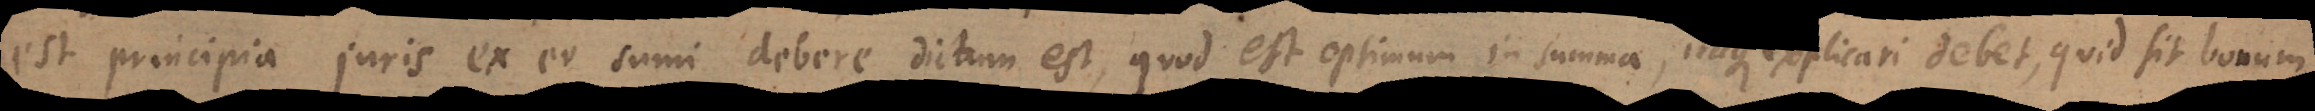
est principia juris ex eo sumi debere dictum est, quod est optimum in summa, itaque explicari debet, quid sit bonum.